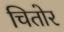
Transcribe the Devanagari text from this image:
चितोर